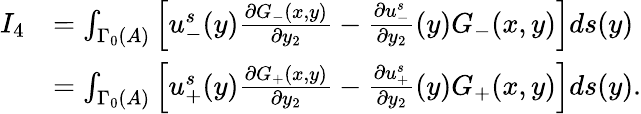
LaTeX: \begin{array}{rl}{I_{4}}&{=\int_{\Gamma_{0}(A)}\left[u_{-}^{s}(y)\frac{\partial G_{-}(x,y)}{\partial y_{2}}-\frac{\partial u_{-}^{s}}{\partial y_{2}}(y)G_{-}(x,y)\right]ds(y)}\\ &{=\int_{\Gamma_{0}(A)}\left[u_{+}^{s}(y)\frac{\partial G_{+}(x,y)}{\partial y_{2}}-\frac{\partial u_{+}^{s}}{\partial y_{2}}(y)G_{+}(x,y)\right]ds(y).}\end{array}